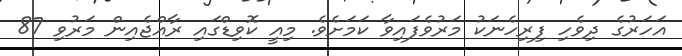
އަހަރުގެ ދިވެހި ފިރިހެނަކު މަރުވެފައިވާ ކަމަށެވެ. މިއީ ކޮވިޑްގައި ރާއްޖެއިން މަރުވި 87